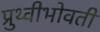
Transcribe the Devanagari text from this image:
प्रुथ्वीभोवती